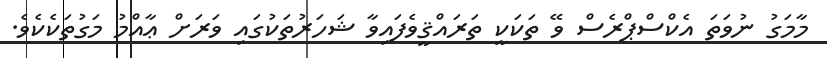
މާމަގު ނުވަތަ އެކްސްޕްރެސް ވޭ ތަކަކީ ތަރައްޤީވެފައިވާ ޝަހަރުތަކުގައި ވަރަށް ޢާއްމު މަގުތަކެކެވެ.